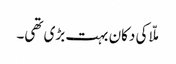
ملّا کی دکان بہت بڑی تھی۔